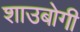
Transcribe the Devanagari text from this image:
शाउबोगी